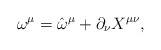
\begin{align*}\omega ^{\mu } = \hat{\omega}^{\mu } + \partial_{\nu} X^{\mu\nu },\end{align*}